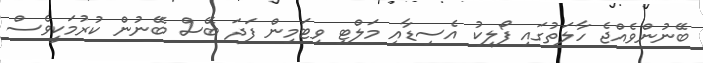
ބޭނުންވެއްޖެ ހާލަތުގައި ފޯލިކު އެސިޑާއި މަލްޓި ވިޓަމިން ފަދަ ބޭސް ބޭނުން ކުރުމަކީވެސް